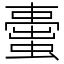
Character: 蟗